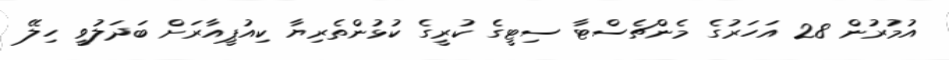
އުމުރުން 28 އަހަރުގެ މެންޗެސްޓާ ސިޓީގެ ކުރީގެ ކުޅުންތެރިޔާ ކިއުޕީއާރަށް ބަދަލުވީ ހިލޭ